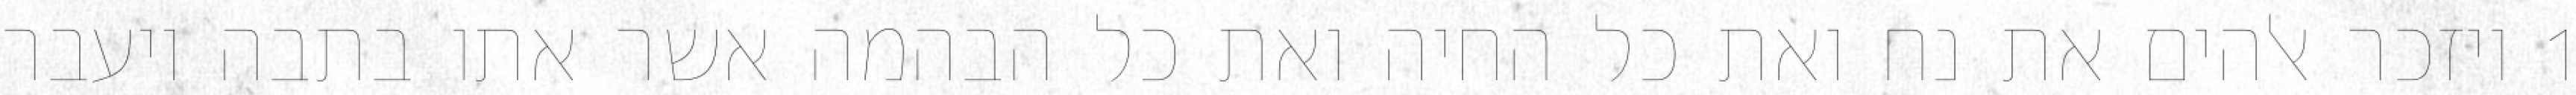
1 ויזכר אלהים את נח ואת כל החיה ואת כל הבהמה אשר אתו בתבה ויעבר